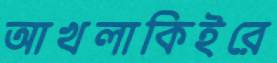
আখলাকিইরে